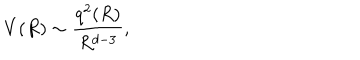
V ( R ) \sim \frac { q ^ { 2 } ( R ) } { R ^ { d - 3 } } ,